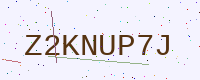
Text: Z2KNUP7J